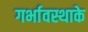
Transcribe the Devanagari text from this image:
गर्भावस्थाके